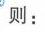
则：